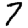
Digit: 7